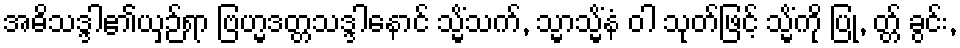
အဓိသဒ္ဒါ၏ယှဉ်ရာ ဗြဟ္မဒတ္တသဒ္ဒါနောင် သ္မိံသက်, သ္မာသ္မိံနံ ဝါ သုတ်ဖြင့် သ္မိံကို ပြု, တ္တ် ခွင်း,